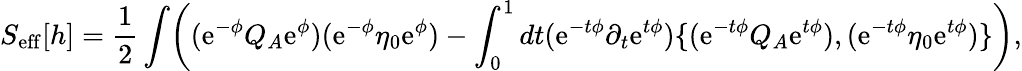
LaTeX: S_{\mathrm{eff}}[h]={\frac{1}{2}}\int\biggl((\mathrm{e}^{-\phi}Q_{A}\mathrm{e}^{\phi})(\mathrm{e}^{-\phi}\eta_{0}\mathrm{e}^{\phi})-\int_{0}^{1}dt(\mathrm{e}^{-t\phi}\partial_{t}\mathrm{e}^{t\phi})\{ (\mathrm{e}^{-t\phi}Q_{A}\mathrm{e}^{t\phi}),(\mathrm{e}^{-t\phi}\eta_{0}\mathrm{e}^{t\phi})\} \biggr),